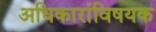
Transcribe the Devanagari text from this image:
अधिकारांविषयक